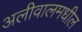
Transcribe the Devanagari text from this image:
अलीवालमधील